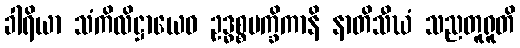
ခါရိယာ သံကိလိဋ္ဌာယေဝ ဥဒ္ဓစ္စပက္ခိကာနိ နာတိသီဃံ သညတူရူတိ